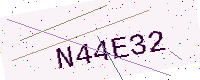
Text: N44E32